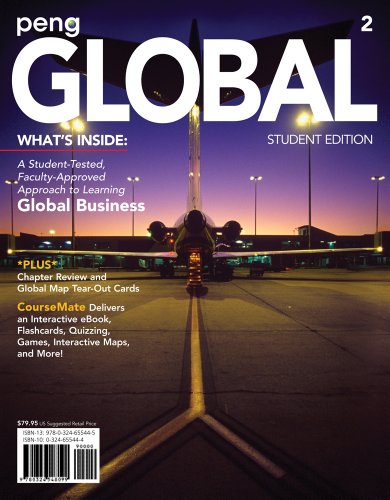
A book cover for Global 2, Student Edition; Mike W. Peng; Business & Money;